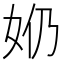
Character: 𫰕